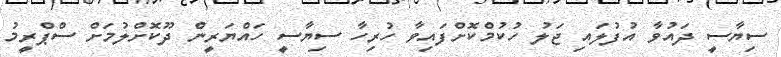
ސިޔާސީ ދައުވާ އުފުލައި ޖަލު ހުކުމްކޮށްފައިވާ ހުރިހާ ސިޔާސީ ހައްޔަރީން ދޫކޮށްލުމަށް ސްޕްރީމު